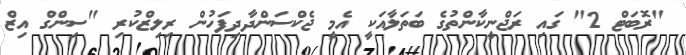
"ރޮބަޓް 2" ގައި ރަޖްނީކާންތުގެ ބަތަލާއަކީ އެމީ ޖެކްސަންދާދިފަހުން ރިލިޒްކުރި "ސިންގް އިޒް